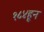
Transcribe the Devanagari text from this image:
१८४हून